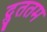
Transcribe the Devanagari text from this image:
द्रुततम